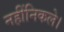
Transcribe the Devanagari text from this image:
नहींनिकले।